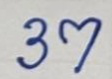
37